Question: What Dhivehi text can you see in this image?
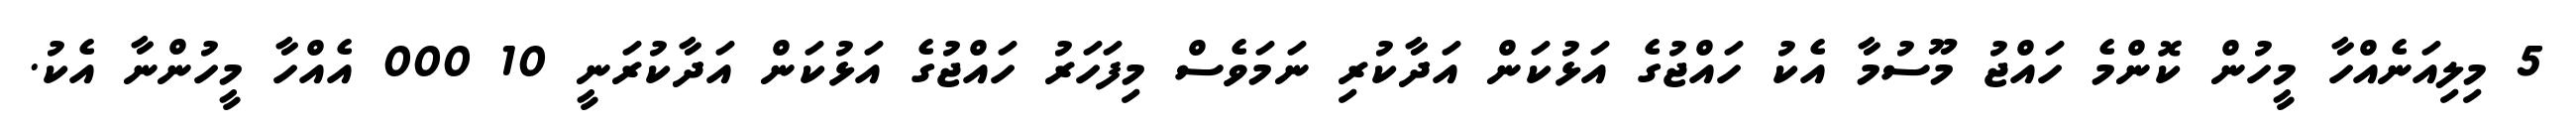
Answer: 5 މިލިއަނެއްހާ މީހުން ކޮންމެ ހައްޖު މޫސުމާ އެކު ހައްޖުގެ އަޅުކަން އަދާކުރި ނަމަވެސް މިފަހަރު ހައްޖުގެ އަޅުކަން އަދާކުރަނީ 10 000 އެއްހާ މީހުންނާ އެކު.